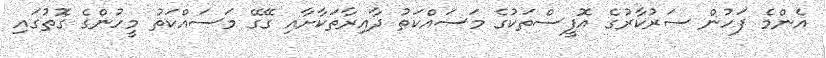
އެންމެ ފަހުން ސަރުކާރުގެ އޮފީސްތަކުގެ މަސައްކަތު ދާއިރާތަކާށާއި ގޭގޭ މަސައްކަތު މީހުންގެ ގޮތުގައި